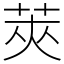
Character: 莢